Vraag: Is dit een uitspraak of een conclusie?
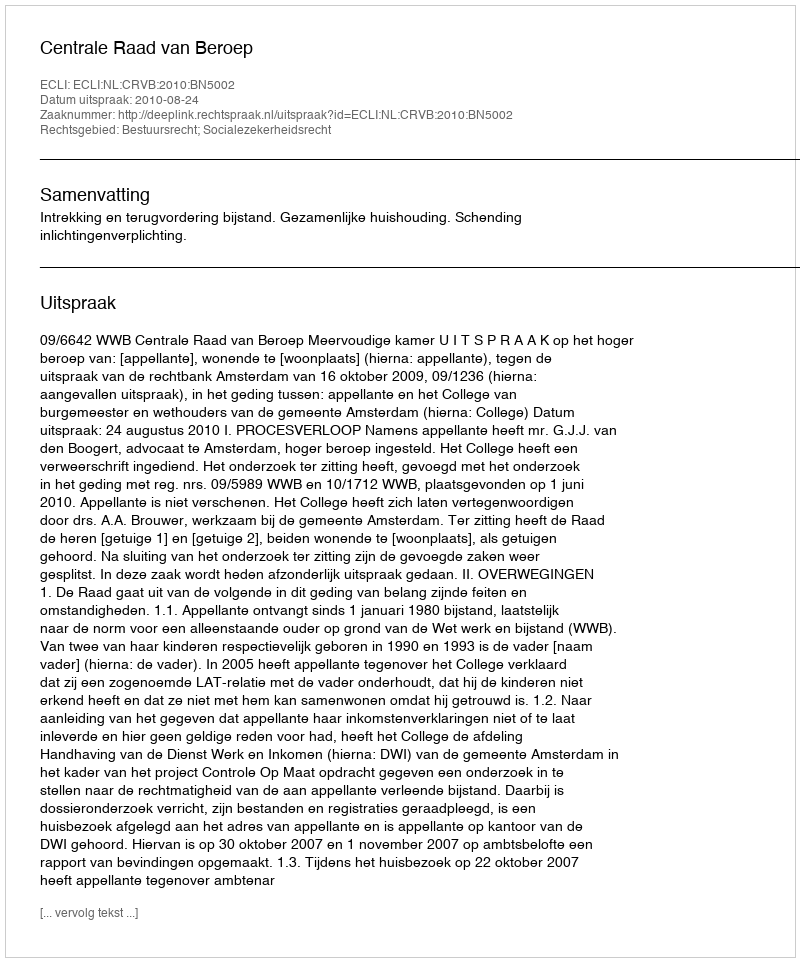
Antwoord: Uitspraak